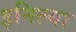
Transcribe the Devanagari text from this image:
इनिल्या